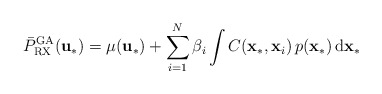
\begin{align*}\bar{P}_{\mathrm{RX}}^{\mathrm{GA}}(\mathbf{u}_{*}) & =\mu(\mathbf{u}_{*})+\sum_{i=1}^{N}\beta_{i}\int C(\mathbf{x}_{*},\mathbf{x}_{i})\, p(\mathbf{x}_{*})\,\mathrm{d}\mathbf{x}_{*}\end{align*}